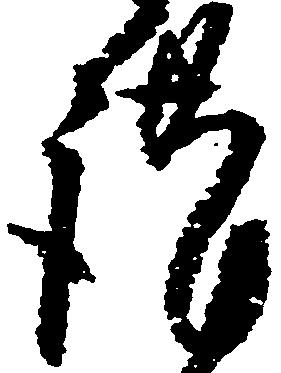
謹